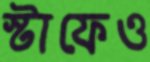
স্টাফেও